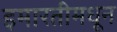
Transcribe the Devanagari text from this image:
इमारतीमधून